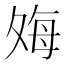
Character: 𫯎